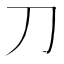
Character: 刀